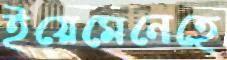
ইয়েমেনেহে